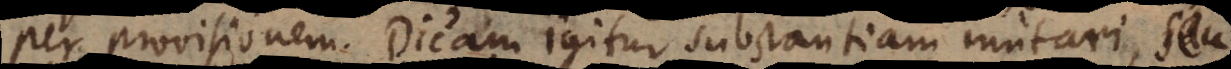
per provisionem. Dicam igitur substantiam mutari, seu